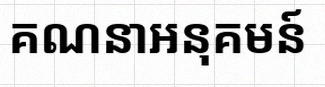
គណនាអនុគមន៍